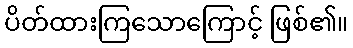
ပိတ်ထားကြသောကြောင့် ဖြစ်၏။